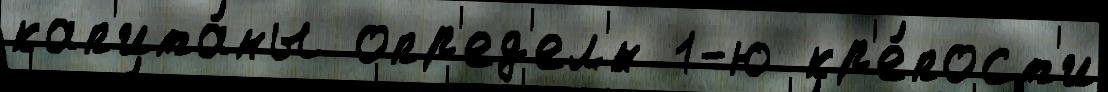
кап'ита́ны опр'ед'ел'́н 1-ю кр'е́пост'и